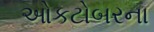
ઓકટોબરના